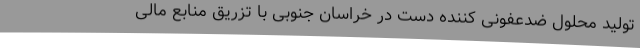
تولید محلول ضدعفونی کننده دست در خراسان جنوبی با تزریق منابع مالی